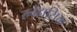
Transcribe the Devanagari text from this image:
स्नेहासिक्त